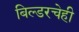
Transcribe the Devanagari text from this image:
बिल्डरचेही